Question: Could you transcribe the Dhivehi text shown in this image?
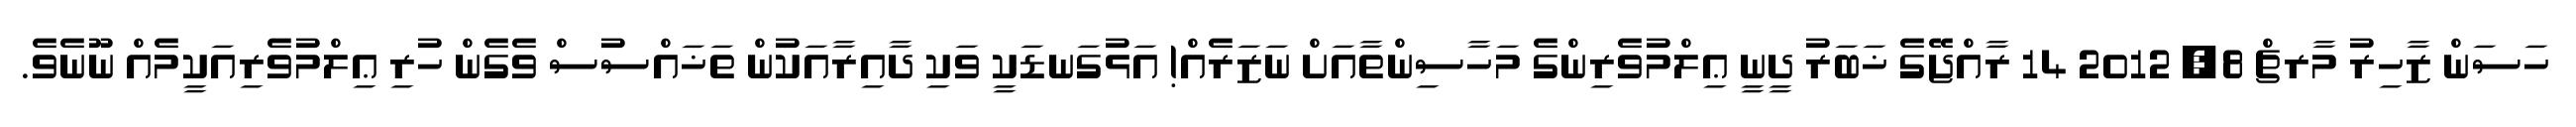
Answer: ހަސަން ޒާހިރު މާރޗް 8, 2012 14 ރާއްޖޭގެ ޚަބަރު ދީނީ ޢިލްމުވެރިންގެ މަހާސިންތާއަށް ނަޒަރެއް! އަޅުގަނޑަކީ ވަކި ދާއިރާއަކުން ތަޚައްސުސް ވެގެން ހުރި ޢިލްމުވެރިއަކީމެއް ނޫނެވެ.